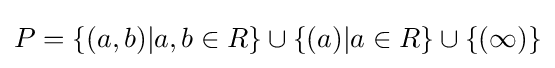
P=\{(a,b)|a,b\in R\}\cup \{(a)|a\in R\}\cup \{(\infty )\}